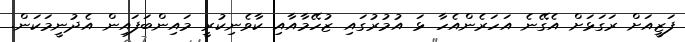
ފަޒީއަށް ރަގަޅަށް އެގޭނެ އަހަރެންއެހާ ޅަ އުމުރުގައި ޒުހޭމާއާއި ކާވެނިކުރީ މައިންބަފައިން އެދުނީމަކަން.